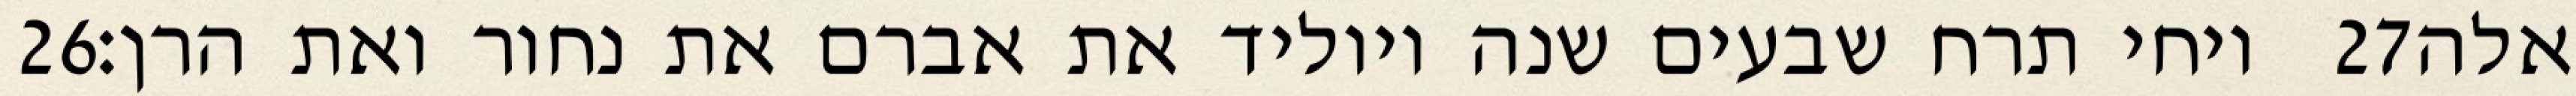
‎26‏ ויחי תרח שבעים שנה ויוליד את אברם את נחור ואת הרן׃ ‎27‏ אלה